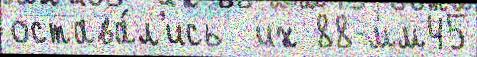
остава́л'ись  их 88-мм45